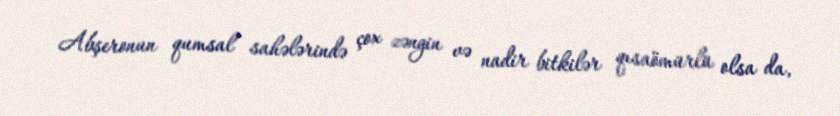
Abşeronun qumsal sahələrində çox zəngin və nadir bitkilər qısaömürlü olsa da,